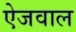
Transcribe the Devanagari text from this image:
ऐजवाल